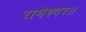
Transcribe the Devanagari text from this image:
रामेश्वर।।